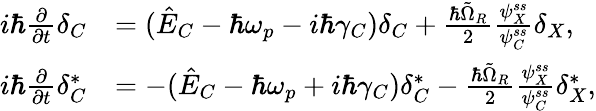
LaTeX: \begin{array}{rl}{i\hbar\frac{\partial}{\partial t}\delta_{C}}&{=(\hat{E}_{C}-\hbar\omega_{p}-i\hbar\gamma_{C})\delta_{C}+\frac{\hbar\tilde{\Omega}_{R}}{2}\frac{\psi_{X}^{ss}}{\psi_{C}^{ss}}\delta_{X},}\\ {i\hbar\frac{\partial}{\partial t}\delta_{C}^{*}}&{=-(\hat{E}_{C}-\hbar\omega_{p}+i\hbar\gamma_{C})\delta_{C}^{*}-\frac{\hbar\tilde{\Omega}_{R}}{2}\frac{\psi_{X}^{ss}}{\psi_{C}^{ss}}\delta_{X}^{*},}\end{array}